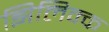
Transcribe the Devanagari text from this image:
झिलिक्क